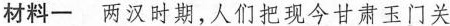
材料一 两汉时期，人们把现今甘肃玉门关